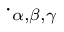
\cdot _ { \alpha , \beta , \gamma }